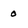
Character: o